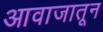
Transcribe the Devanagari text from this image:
आवाजातून